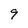
Character: 9